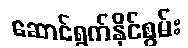
ဆောင်ရွက်နိုင်စွမ်း